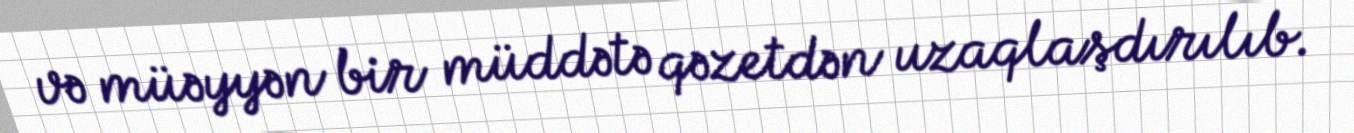
və müəyyən bir müddətə qəzetdən uzaqlaşdırılıb.